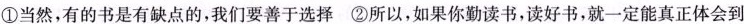
①当然，有的书是有缺点的，我们要善于选择②所以，如果你勤读书，读好书，就一定能真正体会到